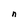
Character: n